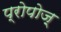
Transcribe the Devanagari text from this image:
प्रोपोज़्